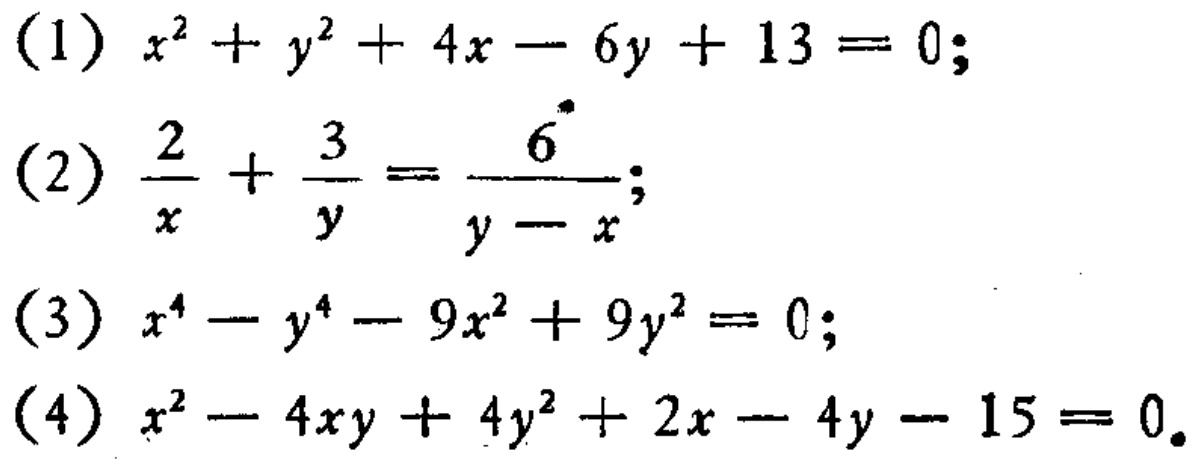
(1) \(x^{2}+y^{2}+4x - 6y + 13 = 0\);
(2) \(\frac{2}{x}+\frac{3}{y}=\frac{6}{y - x}\);
(3) \(x^{4}-y^{4}-9x^{2}+9y^{2}=0\);
(4) \(x^{2}-4xy + 4y^{2}+2x - 4y - 15 = 0\).